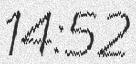
14:52